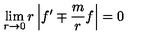
\lim _ { r \to 0 } r \left| f ^ { \prime } \mp \frac m r f \right| = 0